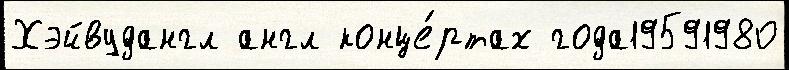
Хэйвудангл англ конце́ртах года19591980